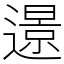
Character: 𨗈